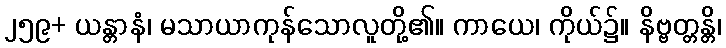
၂၅၉+ ယန္တာနံ၊ မသာယာကုန်သောလူတို့၏။ ကာယေ၊ ကိုယ်၌။ နိဗ္ဗတ္တန္တိ၊